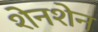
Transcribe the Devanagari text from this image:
शेनशेन